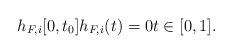
LaTeX: \begin{align*}h_{F,i}[0,t_0]h_{F,i}(t)=0t\in [0,1].\end{align*}